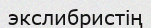
экслибристің